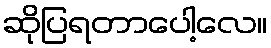
ဆိုပြရတာပေါ့လေ။